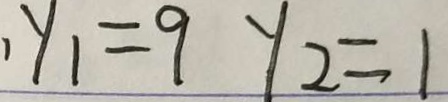
y _ { 1 } = 9 y _ { 2 } = 1